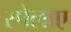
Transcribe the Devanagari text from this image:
स्पेलाए